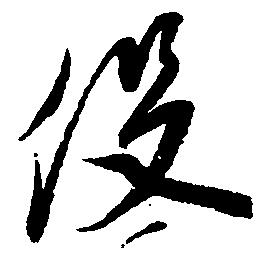
役